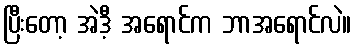
ပြီးတော့ အဲဒီ့ အရောင်က ဘာအရောင်လဲ။